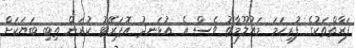
ފަރާތްތަކުގެ ފުރިހަމަ މައުލޫމާތު ވެސް އެ އުޅަނދު އޮޕަރޭޓު ކުރަން ތިބި ބަޔަކަށް